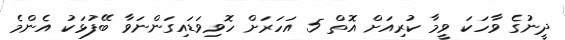
ދީނުގެ ވާހަކަ ވީމާ ކުރިއަށް އޮތް 5 އަހަރަށް ހޮވިވަޑައިގަންނަވާ ބޭފުޅަކު އެންމެ